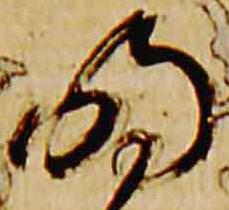
明